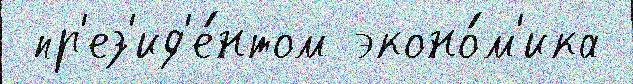
 пр'ез'ид'е́нтом эконо́м'ика